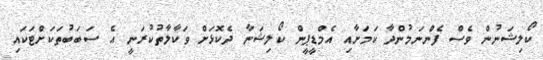
ކޯލިޝަނުން ވެސް ފެންނަމުންދާ ކަމަށާއި އެމްޑީޕީން ކޯލިޝަނާ ދެކޮޅަށް ވަކާލާތުކުރަނީ އެ ސަބަބުތަކަށްޓަކައި